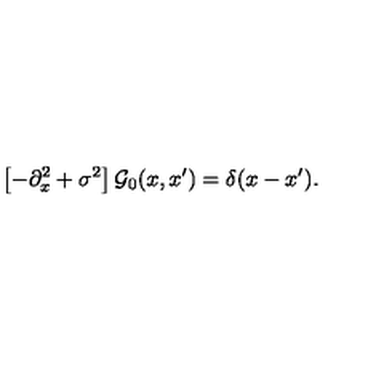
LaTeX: \left[ - \partial _ { x } ^ { 2 } + \sigma ^ { 2 } \right] { \cal G } _ { 0 } ( x , x ^ { \prime } ) = \delta ( x - x ^ { \prime } ) .